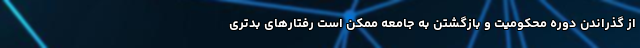
از گذراندن دوره محکومیت و بازگشتن به جامعه ممکن است رفتارهای بدتری